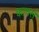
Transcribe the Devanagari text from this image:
क्वावर्स